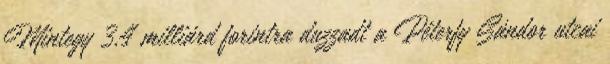
Mintegy 3,4 milliárd forintra duzzadt a Péterfy Sándor utcai